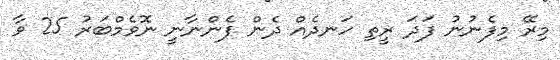
މިރޭ މިފެނުނު ފަދަ ރީތި ހަނދެއް ދެން ފެންނާނީ ނޮވެމްބަރު 25 ވާ